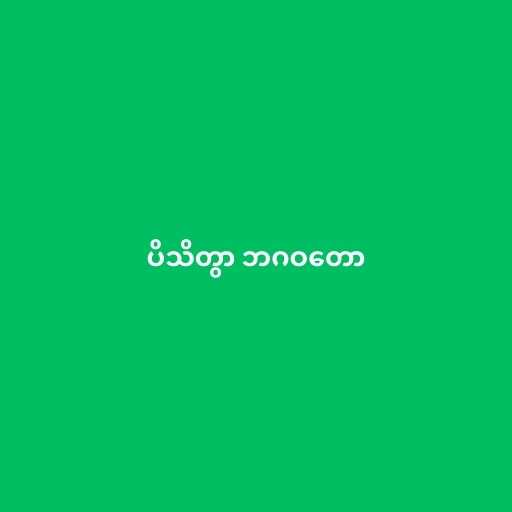
ပိသိတွာ ဘဂဝတော